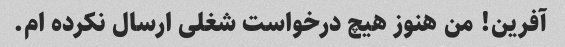
آفرین! من هنوز هیچ درخواست شغلی ارسال نکرده ام.